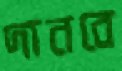
দানবে